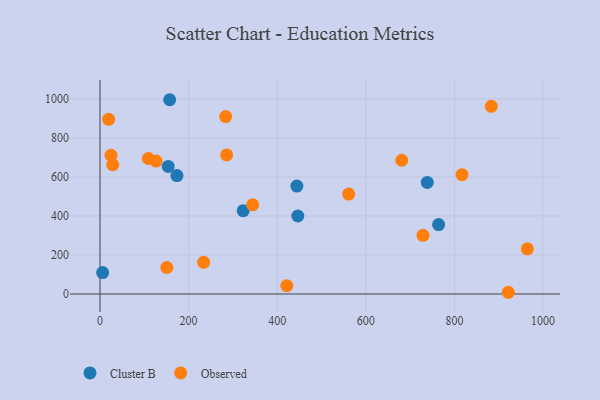
{"axis": {"x": "Price", "y": "Profit"}, "legend": ["Cluster B", "Observed"], "data": [{"x": "323.3", "y": 427.1, "type": "Cluster B"}, {"x": "157.3", "y": 995.8, "type": "Cluster B"}, {"x": "153.9", "y": 653.7, "type": "Cluster B"}, {"x": "173.7", "y": 607.0, "type": "Cluster B"}, {"x": "764.3", "y": 355.8, "type": "Cluster B"}, {"x": "446.5", "y": 399.7, "type": "Cluster B"}, {"x": "738.6", "y": 572.1, "type": "Cluster B"}, {"x": "6.0", "y": 109.7, "type": "Cluster B"}, {"x": "444.4", "y": 553.0, "type": "Cluster B"}, {"x": "24.9", "y": 711.3, "type": "Observed"}, {"x": "729.0", "y": 300.9, "type": "Observed"}, {"x": "681.1", "y": 685.6, "type": "Observed"}, {"x": "964.6", "y": 231.6, "type": "Observed"}, {"x": "283.6", "y": 909.5, "type": "Observed"}, {"x": "883.2", "y": 962.2, "type": "Observed"}, {"x": "234.0", "y": 162.3, "type": "Observed"}, {"x": "19.6", "y": 895.1, "type": "Observed"}, {"x": "921.5", "y": 8.8, "type": "Observed"}, {"x": "150.9", "y": 135.9, "type": "Observed"}, {"x": "109.1", "y": 694.6, "type": "Observed"}, {"x": "421.7", "y": 42.6, "type": "Observed"}, {"x": "344.6", "y": 457.3, "type": "Observed"}, {"x": "126.5", "y": 681.2, "type": "Observed"}, {"x": "817.1", "y": 611.4, "type": "Observed"}, {"x": "285.9", "y": 712.9, "type": "Observed"}, {"x": "561.3", "y": 512.1, "type": "Observed"}, {"x": "28.8", "y": 662.6, "type": "Observed"}]}